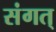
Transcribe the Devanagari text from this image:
संगत्